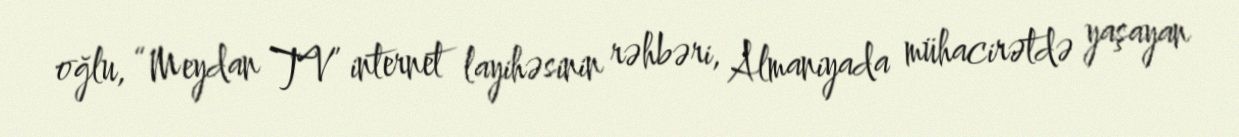
oğlu, “Meydan TV” internet layihəsinin rəhbəri, Almaniyada mühacirətdə yaşayan